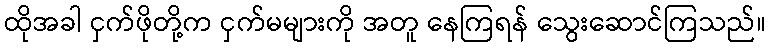
ထိုအခါ ငှက်ဖိုတို့က ငှက်မများကို အတူ နေကြရန် သွေးဆောင်ကြသည်။